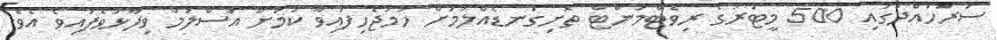
ސަރަހައްދުގައި 500 މީޓަރުގެ ރިވެޓްމަންޓް ތޮށިގަނޑެއްލުމަށް ހަމަޖެހިފައިވާ ކަމަށް އަސްލަމް ވިދާޅުވެފައިވެ އެވެ.